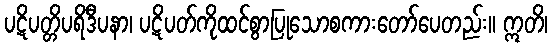
ပဋိပတ္တိပရိဒီပနာ၊ ပဋိပတ်ကိုထင်စွာပြုသောစကားတော်ပေတည်း။ ဣတိ၊